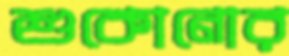
শুকোনোর